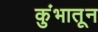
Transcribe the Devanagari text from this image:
कुंभातून